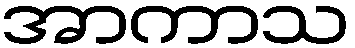
အာကာသ